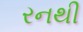
રનથી